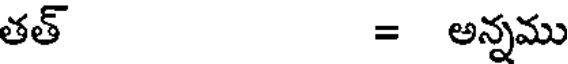
తత్ = అన్నము